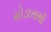
મોડાસાથી